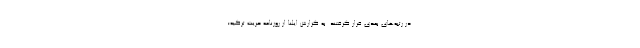
در رتبه‌های بعدی قرار گرفتند. به گزارش ایلنا از روزنامه حریت ترکیه؛